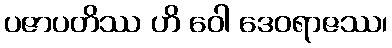
ပဇာပတိဿ ဟိ ဝေါ ဒေဝရာဇဿ၊